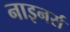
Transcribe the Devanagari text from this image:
नाइनर्स